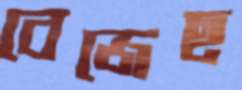
বেজেছ